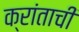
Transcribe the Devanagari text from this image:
क्रांताची